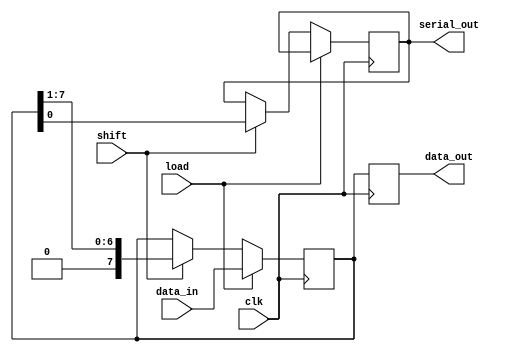
module PISO_Register #(
    parameter WIDTH = 8  // Width of the data input
)(
    input wire clk,            // Clock signal
    input wire load,           // Load control signal
    input wire shift,          // Shift control signal
    input wire [WIDTH-1:0] data_in, // Parallel data input
    output reg serial_out,     // Serial output
    output reg [WIDTH-1:0] data_out // Optional: parallel output for verification
);

    reg [WIDTH-1:0] shift_reg; // Shift register to hold the data

    always @(posedge clk) begin
        if (load) begin
            // Load data into the shift register
            shift_reg <= data_in;
        end else if (shift) begin
            // Shift data out serially
            serial_out <= shift_reg[0]; // Output the LSB
            shift_reg <= {1'b0, shift_reg[WIDTH-1:1]}; // Shift right
        end
    end

    // Optional: Output the current state of the shift register for verification
    always @(posedge clk) begin
        data_out <= shift_reg;
    end

endmodule